Madras plague regulations in force outside the Presidency town - Volume 7
Disease focus: Plague
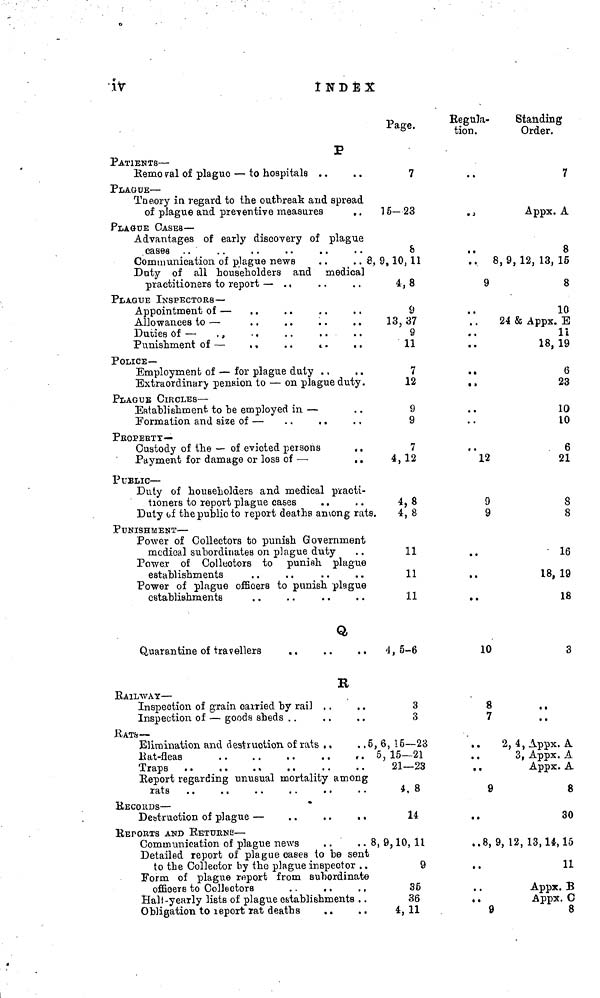
iv
INDEX
P
PATIENTS —
Remo ral of plague — to hospitals
PLAGUE—
Theory in regard to the outbreak and spread
of plague and preventive measures
. .
PLAGUE CASES —
Advantages of early discovery of plague
cases . .
.
. .
. .
. .
. .
Communication of plague news
. .
. . 8,
Duty of all householders and rnedica1
practitioners to report —
PLAQUE INSPECTORS —
Appointment of — . .
Allowances to —
Duties of — , ,
.
. .
. .
. .
Punishment of —
. ,
. .
.
. .
POLICE—
Employment of — for plague duty
Extraordinary pension to — on plague duty.
PLAGUE CIRCLES —
Establishment to he employed in —
Formation and size of —
PKOPERTT—
Custody of the — of evicted persons
. .
Payment for damage or loss of —
. .
PUBLIC—
Duty of householders and medical practi-
tioners to report plague cases
Duty of the public to report deaths among rats.
PUNISHMENT —
Power of Collectors to punish Government
medical subordinates on plague duty
Power of Collectors to punish plague
establishments
Power of plague officers to punish plague
establishments
Q
Quarantine of travellers
. .
. .
. .
B
RAILWAY —
Inspection of grain carried by rail
Inspection of — goods sheds . .
RATS —
Elimination and destruction, of rats , .
. .5,
Rat-fleas
. .
. .
. .
. .
Traps
Report regarding unusual mortality among
RECORDS —
Destruction of plague —
. .
. .
. .
REPORTS AND RETURNS —
Communication of plague news
. .
. . 8,
Detailed report of plague oases to be sent
to the Collector by the plague inspector . .
Form of plague report from subordinate
officers to Collectors
. .
. .
, ,
Half-yearly lists of plague establishments . .
Obligation to report rat deaths
Page.
7
15-23
8
9,10,11
4,8
9
13,37
9
11
7
12
9
9
7
4, 12
4,8
4,8
11
11
11
4, 5-6
3
3
6, 15—23
5, 15—21
21—23
4. 8
14
9,10, 11
9
35
36
4,11
Regula-
tion.
. ,
.
..
9
..
;;
. .
, .
12
9
9
..
••
10
8
7
. .
, ,
9
..
..8,
, .
. .
..
9
Standing
Order.
7
Appx. A
8
8, 9, 12, 13, 15
8
10
24 & Appx. E
11
18, 19
6
23
10
10
6
21
8
8
16
18, 19
18
3
, ,
. .
2, 4 , Appx. A
3, Appx. A
Appx. A
g
30
9, 12, 13,14,15
11
Appx. B
Appx. C
8